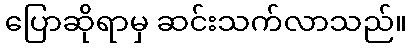
ပြောဆိုရာမှ ဆင်းသက်လာသည်။